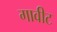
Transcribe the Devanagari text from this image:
गावीट